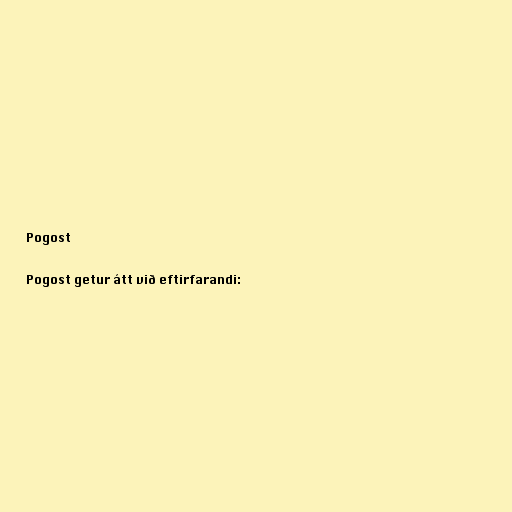
Pogost

Pogost getur átt við eftirfarandi: